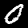
Label: 0